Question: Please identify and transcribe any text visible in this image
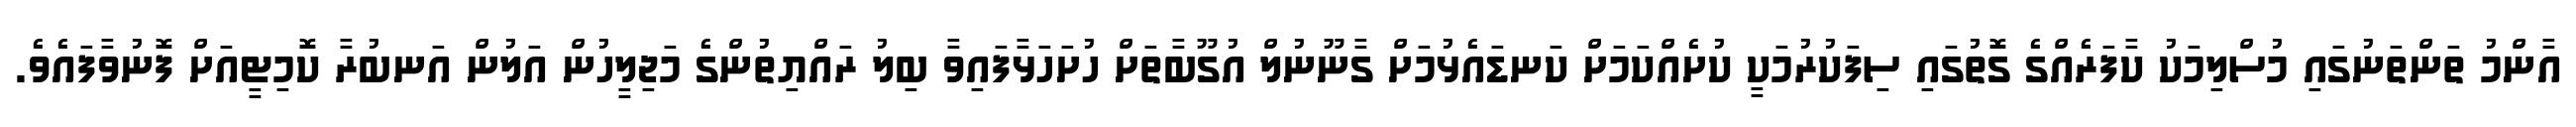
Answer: އާންމު ތަންތަނުގައި މުސްލިމަކު ކާފަރެއްގެ ގޮތުގައި ސިފަކުރުމަކީ ކުށެއްކަމަށް ކަނޑައެޅުމަށް ގާނޫނުލް އުގޫބާތަށް ހުށަހަޅާފައިވާ ބިލު ރައްޔިތުންގެ މަޖިލީހުން އަލުން އަނބުރާ ކޮމިޓީއަށް ފޮނުވާފައެވެ.